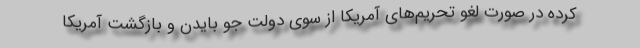
کرده در صورت لغو تحریم‌های آمریکا از سوی دولت جو بایدن و بازگشت آمریکا